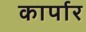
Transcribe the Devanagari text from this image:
कार्पार